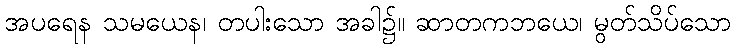
အပရေန သမယေန၊ တပါးသော အခါ၌။ ဆာတကဘယေ၊ မွတ်သိပ်သော